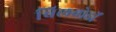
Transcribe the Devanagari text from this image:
बिलबोर्डों